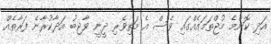
އަދި ކޮންމެ މުޖްތަމައެއްގައި ވެސް އެ މަތިވެރި ދީނީ ވާޖިބު އަދާކުރާނެ ފަރާތެއް